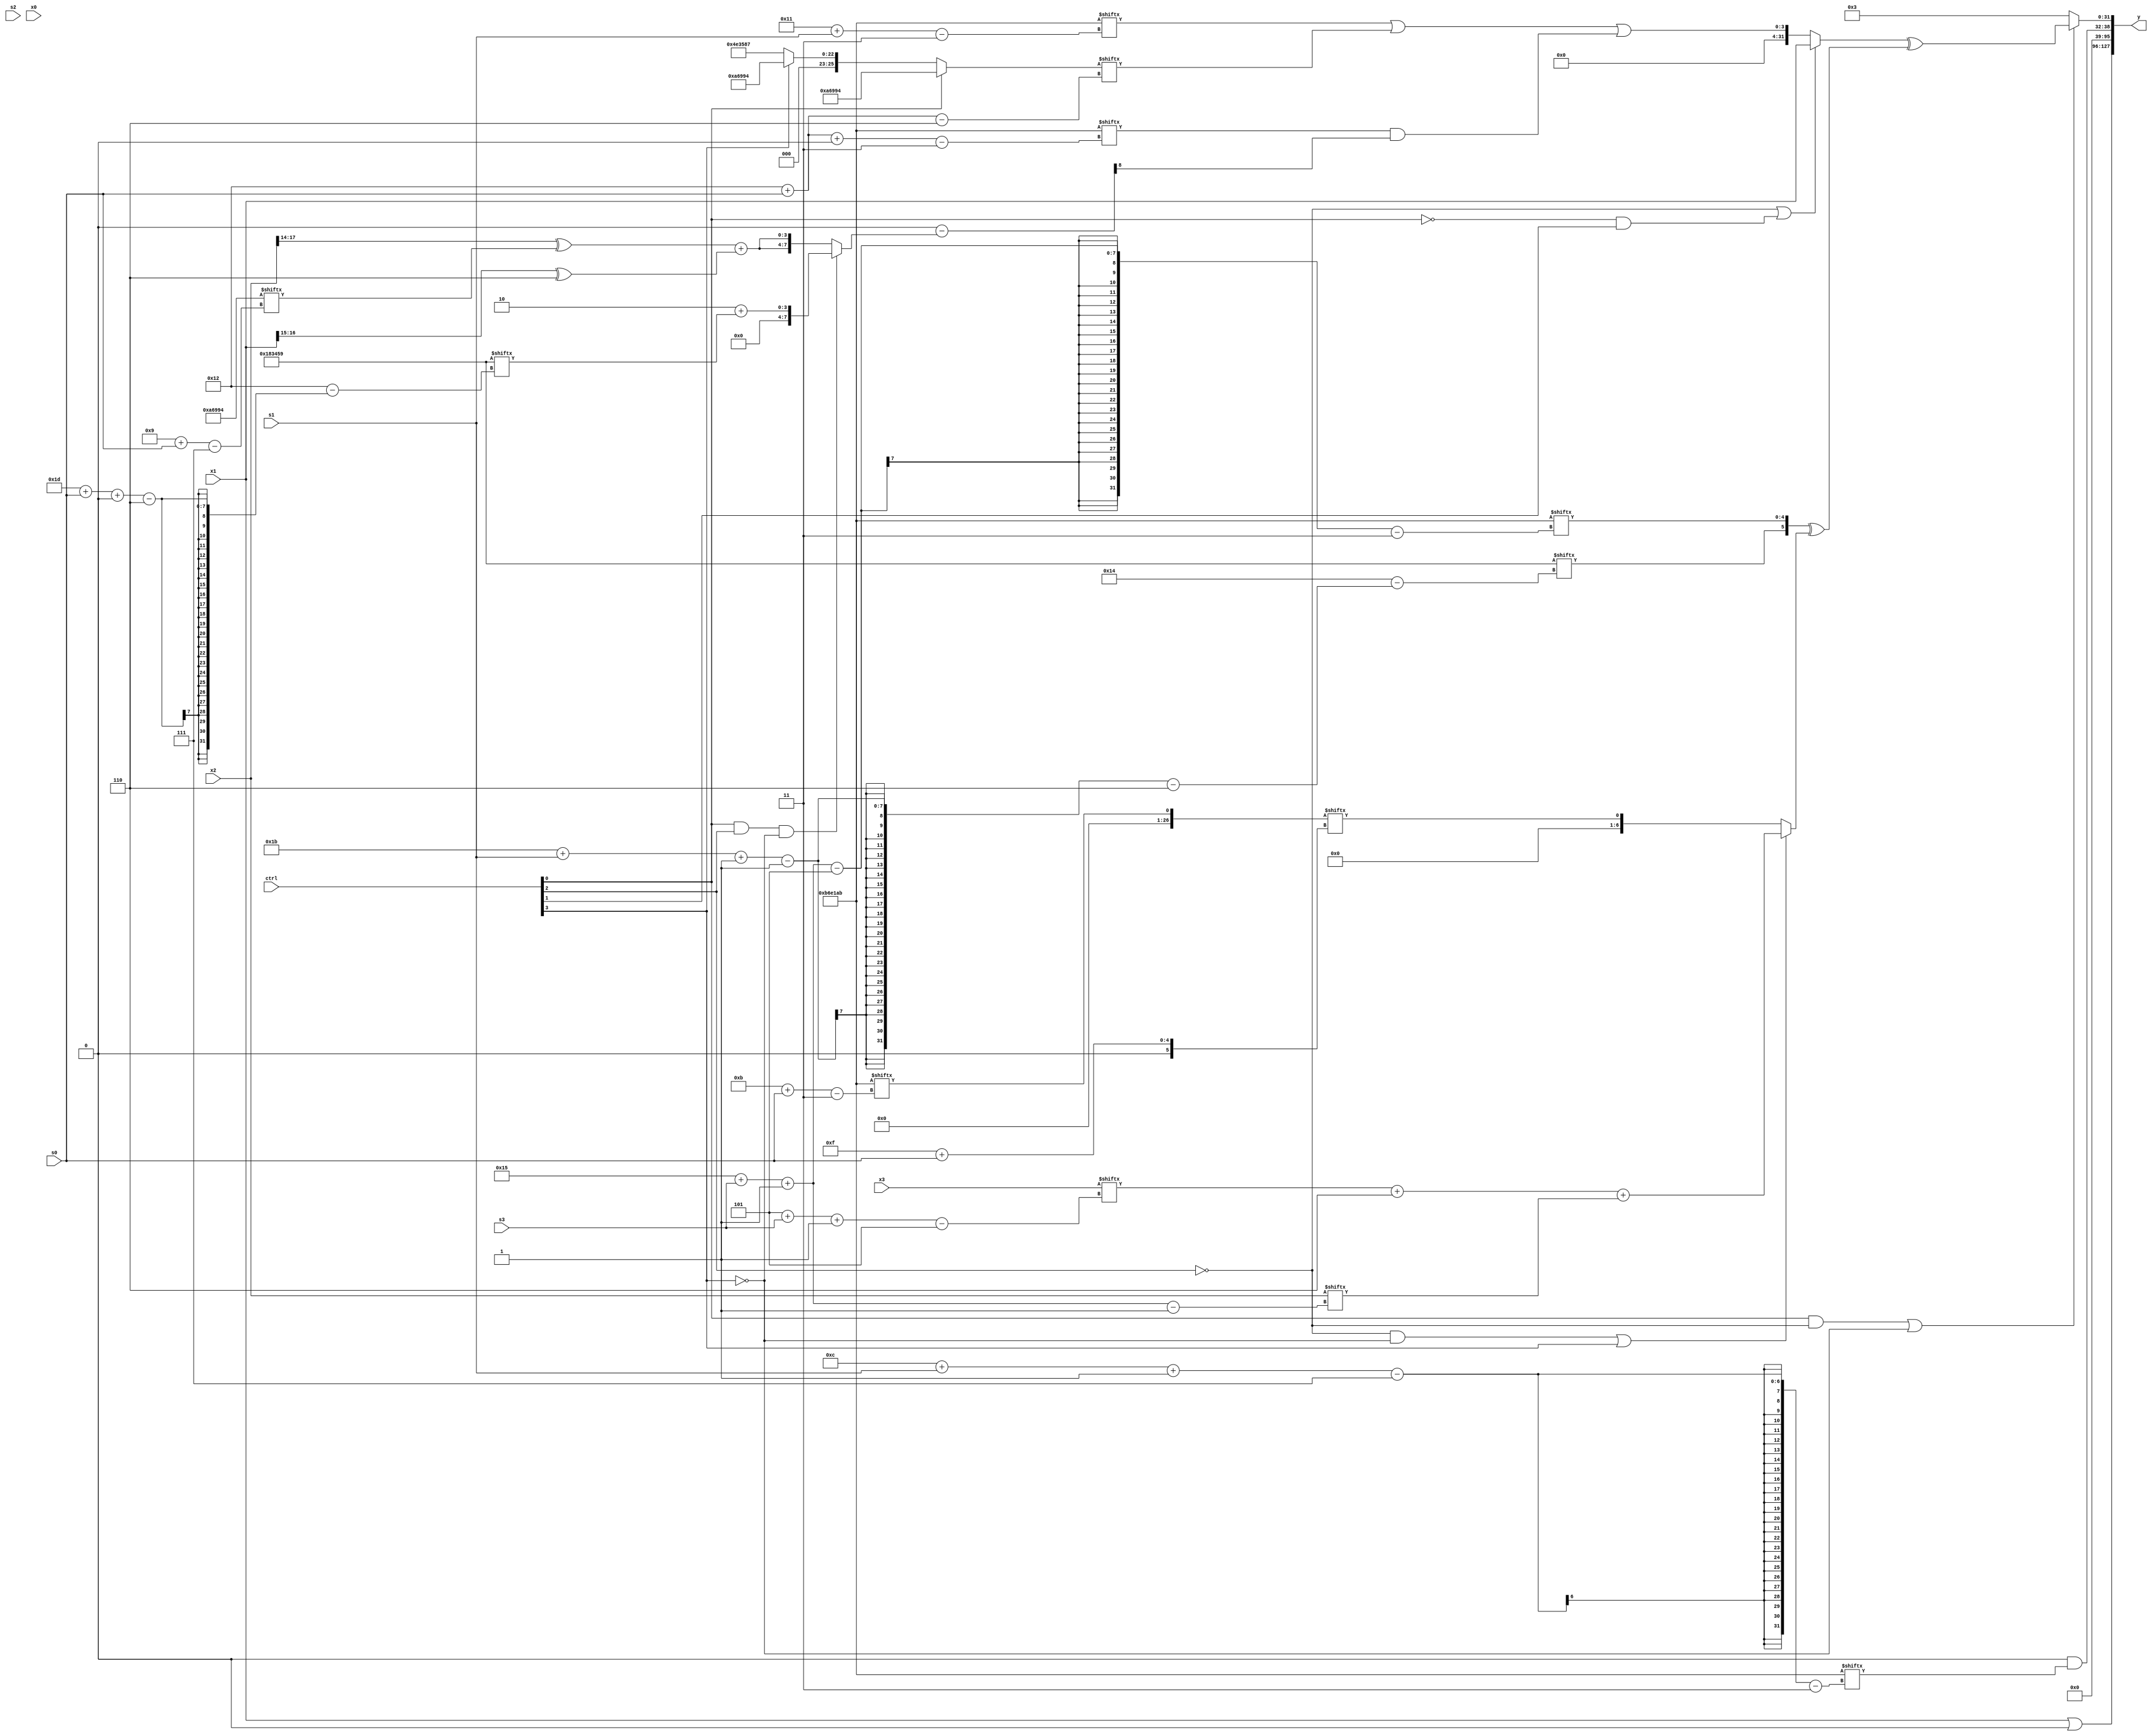
module partsel_00274(ctrl, s0, s1, s2, s3, x0, x1, x2, x3, y);
  input [3:0] ctrl;
  input [2:0] s0;
  input [2:0] s1;
  input [2:0] s2;
  input [2:0] s3;
  input [31:0] x0;
  input signed [31:0] x1;
  input [31:0] x2;
  input [31:0] x3;
  wire signed [25:1] x4;
  wire signed [26:0] x5;
  wire [7:27] x6;
  wire [7:24] x7;
  wire signed [31:6] x8;
  wire [29:6] x9;
  wire signed [7:24] x10;
  wire signed [1:29] x11;
  wire signed [31:6] x12;
  wire signed [1:24] x13;
  wire signed [26:6] x14;
  wire [31:2] x15;
  output [127:0] y;
  wire signed [31:0] y0;
  wire signed [31:0] y1;
  wire signed [31:0] y2;
  wire signed [31:0] y3;
  assign y = {y0,y1,y2,y3};
  localparam signed [27:3] p0 = 213311915;
  localparam [6:26] p1 = 511194201;
  localparam signed [2:30] p2 = 609105287;
  localparam [26:7] p3 = 302672276;
  assign x4 = x1[6 + s2];
  assign x5 = p0[11 + s0];
  assign x6 = p2[9 + s2 -: 3];
  assign x7 = p1[27 + s1 -: 1];
  assign x8 = ({({2{(p2[19 +: 1] ^ x1[21])}} + p3[21 + s2 -: 1]), x1} & p3);
  assign x9 = x1[13 + s0];
  assign x10 = ((p3[10] & p1[18]) - (ctrl[0] && ctrl[2] && !ctrl[3] ? (p1[17 -: 3] + p1[29 + s0 +: 3]) : {2{((x2[14 +: 4] ^ p3[9 + s0]) + (x1[15 +: 2] ^ (p0[19 +: 4] | p1[15 +: 1])))}}));
  assign x11 = p3[10 +: 3];
  assign x12 = (ctrl[0] || !ctrl[0] && ctrl[0] ? p3 : (!ctrl[3] || ctrl[1] && !ctrl[1] ? p2 : p3));
  assign x13 = (ctrl[0] || ctrl[2] || !ctrl[3] ? ({2{{x9, {p0[13 +: 2], x5}}}} + (p0[8] | p0)) : ((!ctrl[2] && !ctrl[2] && ctrl[1] ? (!ctrl[0] && ctrl[2] && ctrl[3] ? x12 : p1[0 + s1 +: 2]) : (p2[22 -: 3] + {2{x6[11 + s0 +: 6]}})) ^ p3[10 + s2 +: 6]));
  assign x14 = {(((ctrl[1] && !ctrl[1] && !ctrl[2] ? (x4 + x11[14 +: 1]) : p3) - p1[16 -: 3]) ^ {{p2[17 -: 1], {(x7 - p2), x11[12 -: 3]}}, ((x13[2 + s2 +: 2] & p3) + (x7[7 + s2 +: 4] | (x1[25 + s3 +: 6] & p0[8 + s0 +: 5])))}), p3[0 + s1 +: 3]};
  assign x15 = ((p0[9 +: 2] ^ (ctrl[3] || ctrl[2] || !ctrl[1] ? x2 : p3[12])) - (x8[13 +: 1] ^ (((p3 ^ p2[6 + s2 -: 6]) & (p3[8 + s3 -: 5] & (x4 | p1[16 +: 3]))) - p2)));
  assign y0 = (x1 | x11[12 +: 4]);
  assign y1 = p1[9 +: 2];
  assign y2 = (x6[16] & p0[12 + s1 -: 7]);
  assign y3 = (ctrl[0] && !ctrl[2] || !ctrl[3] ? ((!ctrl[2] || !ctrl[0] && ctrl[1] ? x1 : ((p0[17 + s1] | x12[18 + s0]) | (p0[18 + s0 +: 4] & x10[11]))) ^ ({x7, p0[21 + s3 -: 5]} ^ (!ctrl[2] && !ctrl[3] || ctrl[3] ? ((x3[5 + s3 -: 5] + p3[21 -: 3]) + x2[21 + s3 -: 1]) : x5[15 + s0]))) : {2{p2[17]}});
endmodule